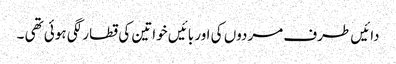
دائیں طرف مردوں کی اور بائیں خواتین کی قطار لگی ہوئی تھی ۔